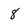
Character: 8